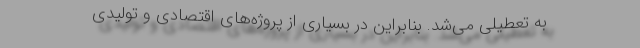
به تعطیلی می‌شد. بنابراین در بسیاری از پروژه‌های اقتصادی و تولیدی